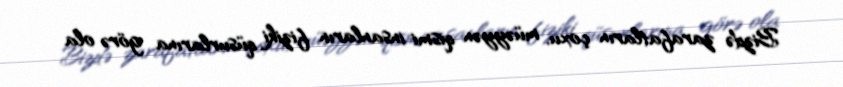
Bizdə zarafatların çoxu, müəyyən qismi insanların fiziki qüsurlarına görə ola